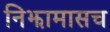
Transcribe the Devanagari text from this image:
निझामासच